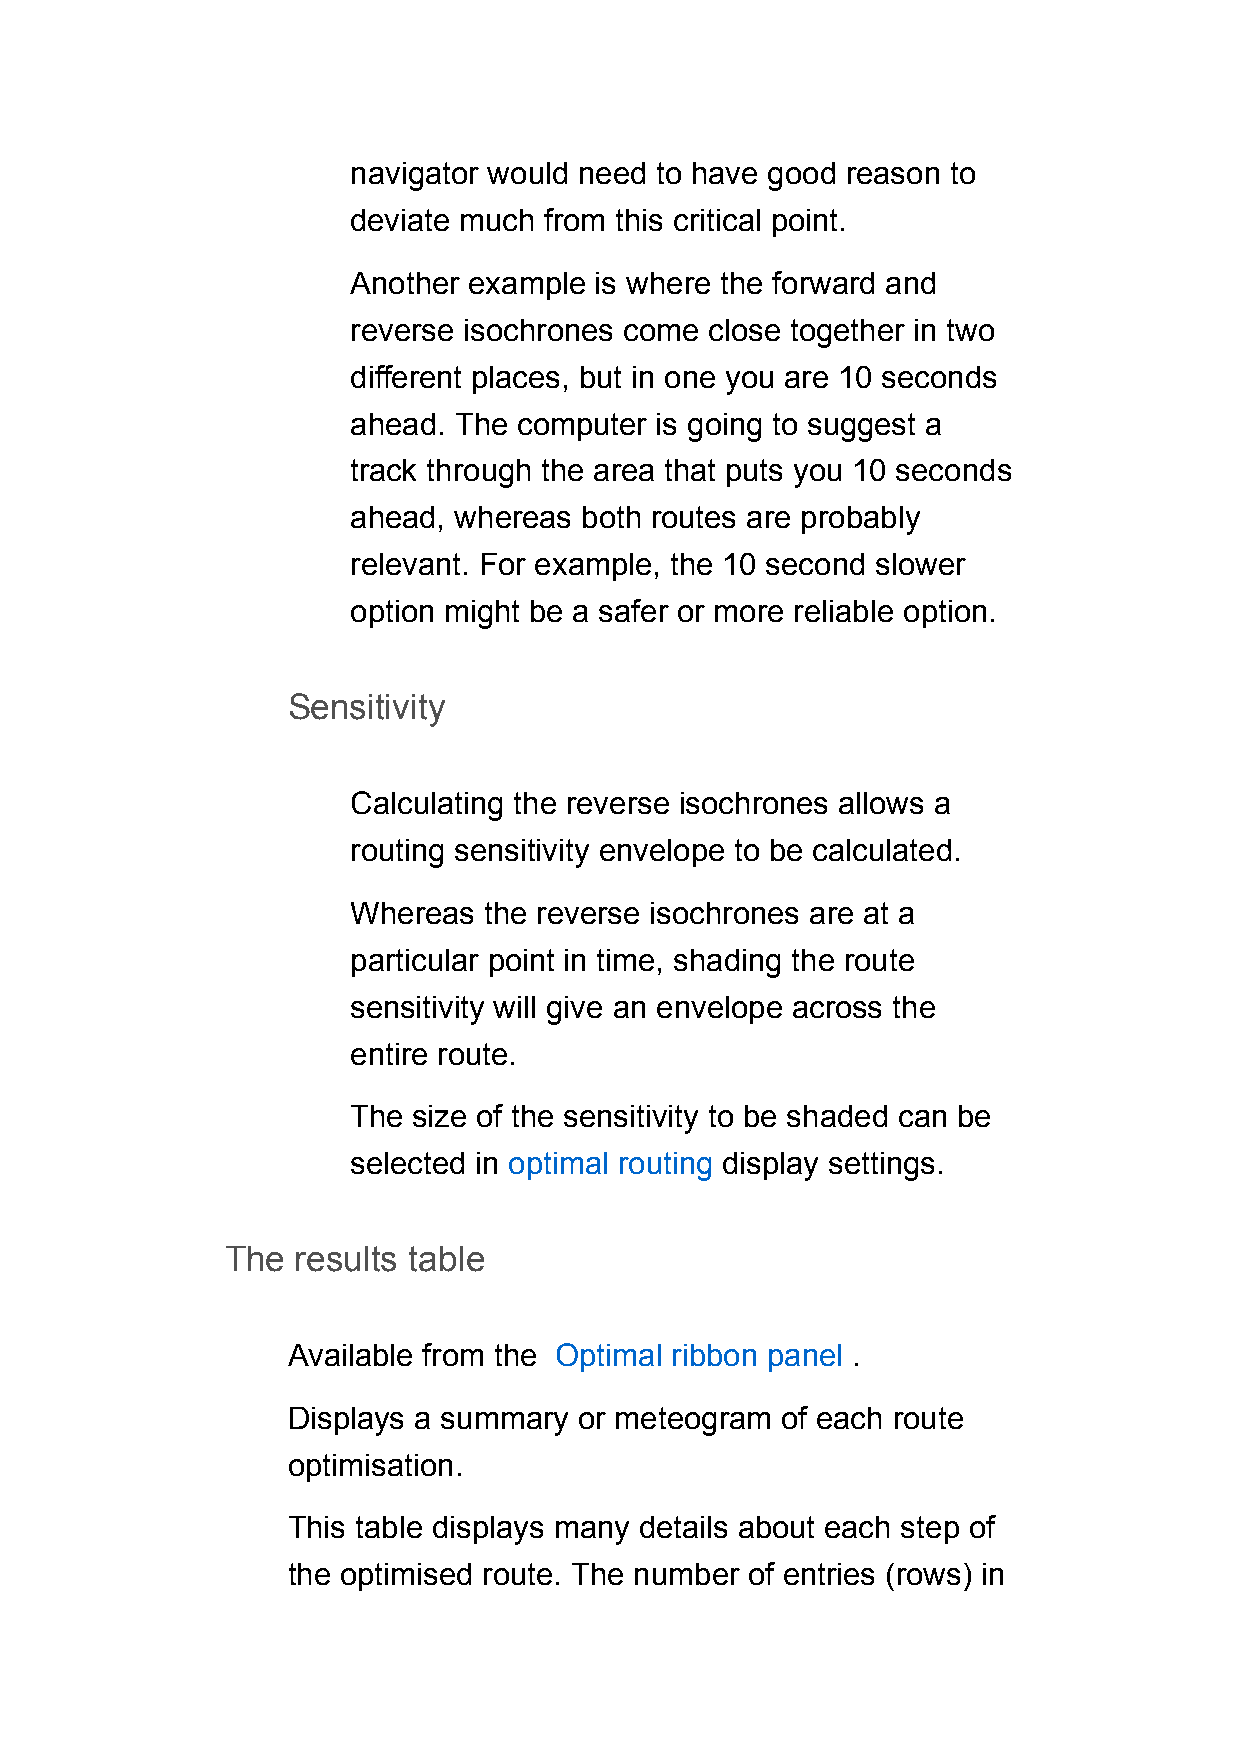
navigator would need to have good reason to
 deviate much from this critical point.
 Another example is where the forward and
 reverse isochrones come close together in two
 different places, but in one you are 10 seconds
 ahead. The computer is going to suggest a
 track through the area that puts you 10 seconds
 ahead, whereas both routes are probably
 relevant. For example, the 10 second slower
 option might be a safer or more reliable option.
 Sensitivity
 Calculating the reverse isochrones allows a
 routing sensitivity envelope to be calculated.
 Whereas  the reverse isochrones are at a
 particular point in time, shading the route
 sensitivity will give an envelope across the
 entire route.
 The size of the sensitivity to be shaded can be
 selected in optimal routing display settings.
 The  results table
 Available from the Optimal ribbon panel .
 Displays a summary or meteogram  of each route
 optimisation.
 This table displays many details about each step of
 the optimised route. The number of entries (rows) in